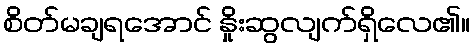
စိတ်မချရအောင် နှိုးဆွလျက်ရှိလေ၏။